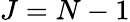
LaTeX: J=N-1